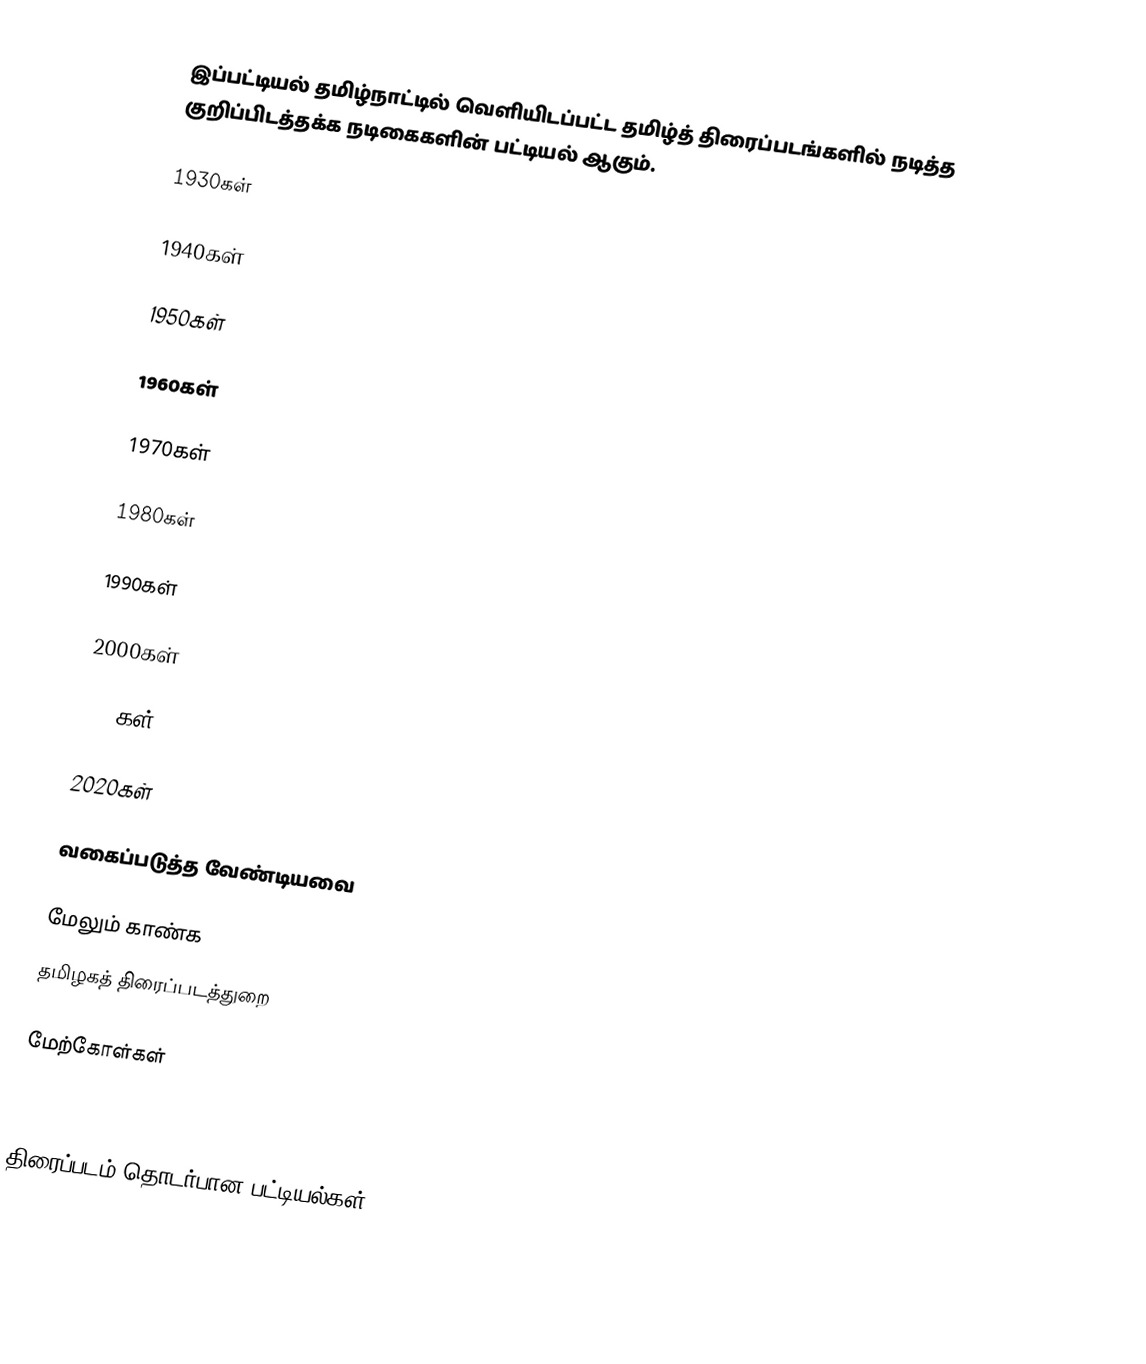
இப்பட்டியல் தமிழ்நாட்டில் வெளியிடப்பட்ட தமிழ்த் திரைப்படங்களில் நடித்த குறிப்பிடத்தக்க நடிகைகளின் பட்டியல் ஆகும்.

1930கள்

1940கள்

1950கள்

1960கள்

1970கள்

1980கள்

1990கள்

2000கள்

2010கள்

2020கள்

வகைப்படுத்த வேண்டியவை

மேலும் காண்க
தமிழகத் திரைப்படத்துறை

மேற்கோள்கள்

திரைப்படம் தொடர்பான பட்டியல்கள்